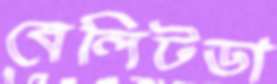
বেলিটডা